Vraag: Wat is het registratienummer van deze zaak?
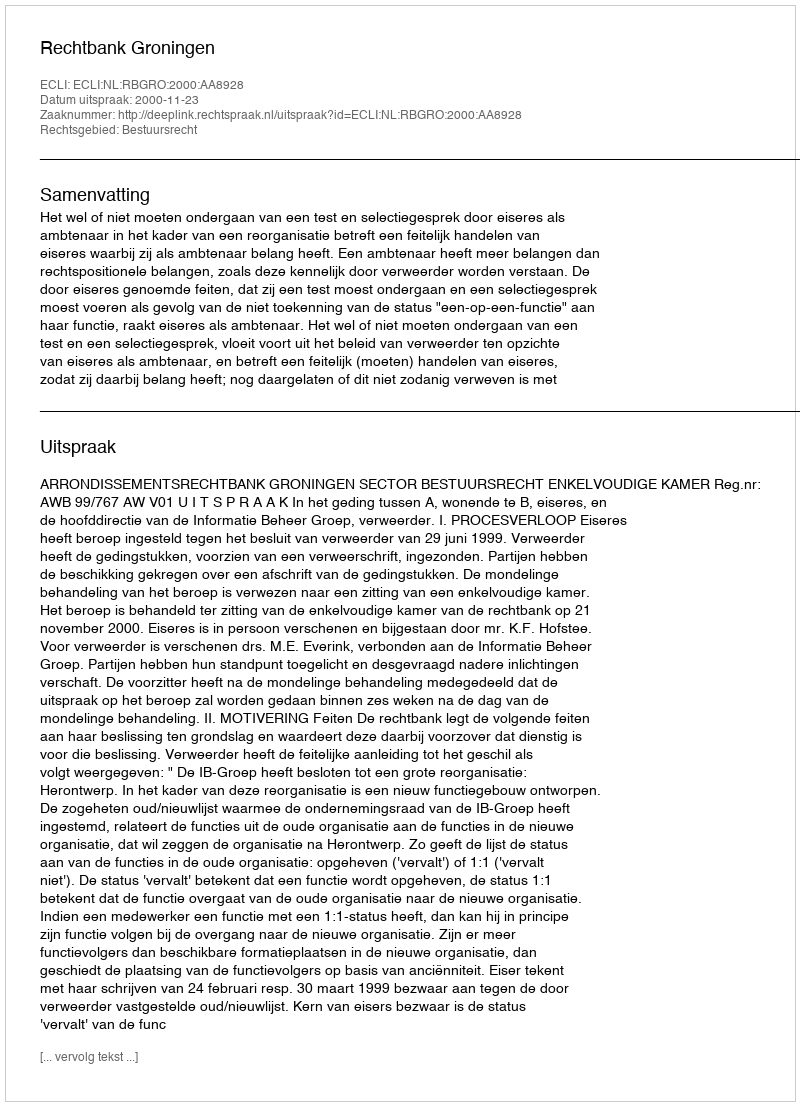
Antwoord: http://deeplink.rechtspraak.nl/uitspraak?id=ECLI:NL:RBGRO:2000:AA8928